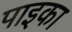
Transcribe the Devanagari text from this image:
पाइका